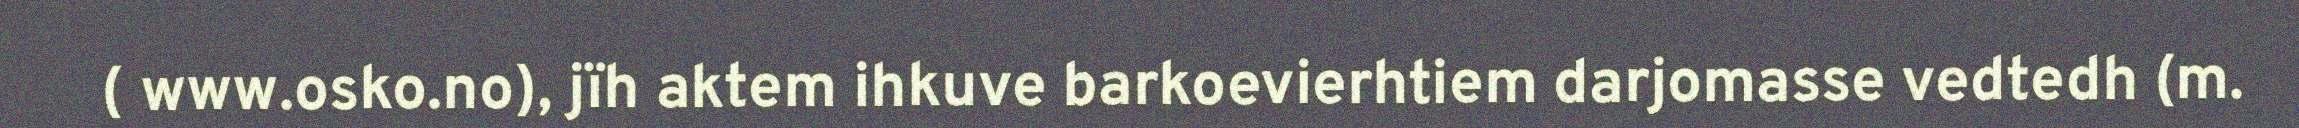
( www.osko.no), jïh aktem ihkuve barkoevierhtiem darjomasse vedtedh (m.